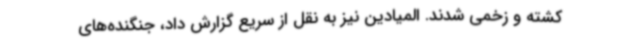
کشته و زخمی شدند. المیادین نیز به نقل از سریع گزارش داد، جنگنده‌های